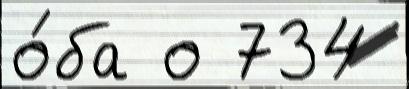
о́ба о 734